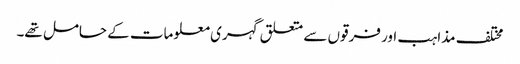
مختلف مذاہب اور فرقوں سے متعلق گہری معلومات کے حامل تھے۔